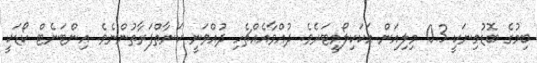
ބިމުގެ ބޮޑުމިނަކީ 0.3 މިލިއަން އަކަކިލޯމީޓަރެވެ. ދުއްވާއެއްޗެހި ދުއްވަނީ ކަނާތްފަރާތުންނެވެ. އިންޓަނެޓް ކޯޑަކީ